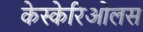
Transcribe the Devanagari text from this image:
केस्केरिओलस